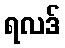
ရလဒ်